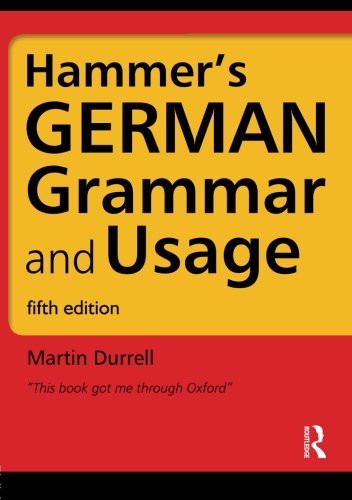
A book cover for Hammer's German Grammar and Usage, Fifth Edition (German Edition); Professor Martin Durrell; Reference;